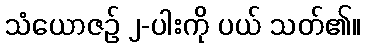
သံယောဇဉ် ၂-ပါးကို ပယ် သတ်၏။